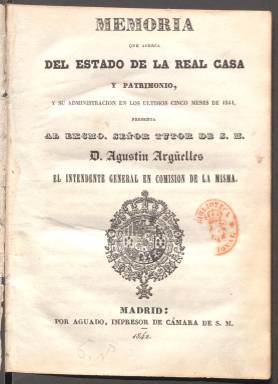
Título: Memoria que acerca del estado de la Real Casa y Patrimonio ...
Otros títulos: Título: Memoria que acerca de la administración de la Real Casa y Patrimonio de S.M. ..., <1842>
Colección: Anuarios e informes
Ámbito geográfico: Madrid
Lugar de publicación: Madrid
Fechas: 01/01/1841-31/12/1842